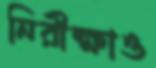
নিরীক্ষাও